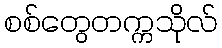
စစ်တွေတက္ကသိုလ်